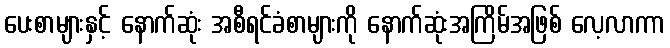
ပေးစာများနှင့် နောက်ဆုံး အစီရင်ခံစာများကို နောက်ဆုံးအကြိမ်အဖြစ် လေ့လာကာ